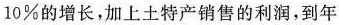
10%的增长，加上土特产销售的利润，到年